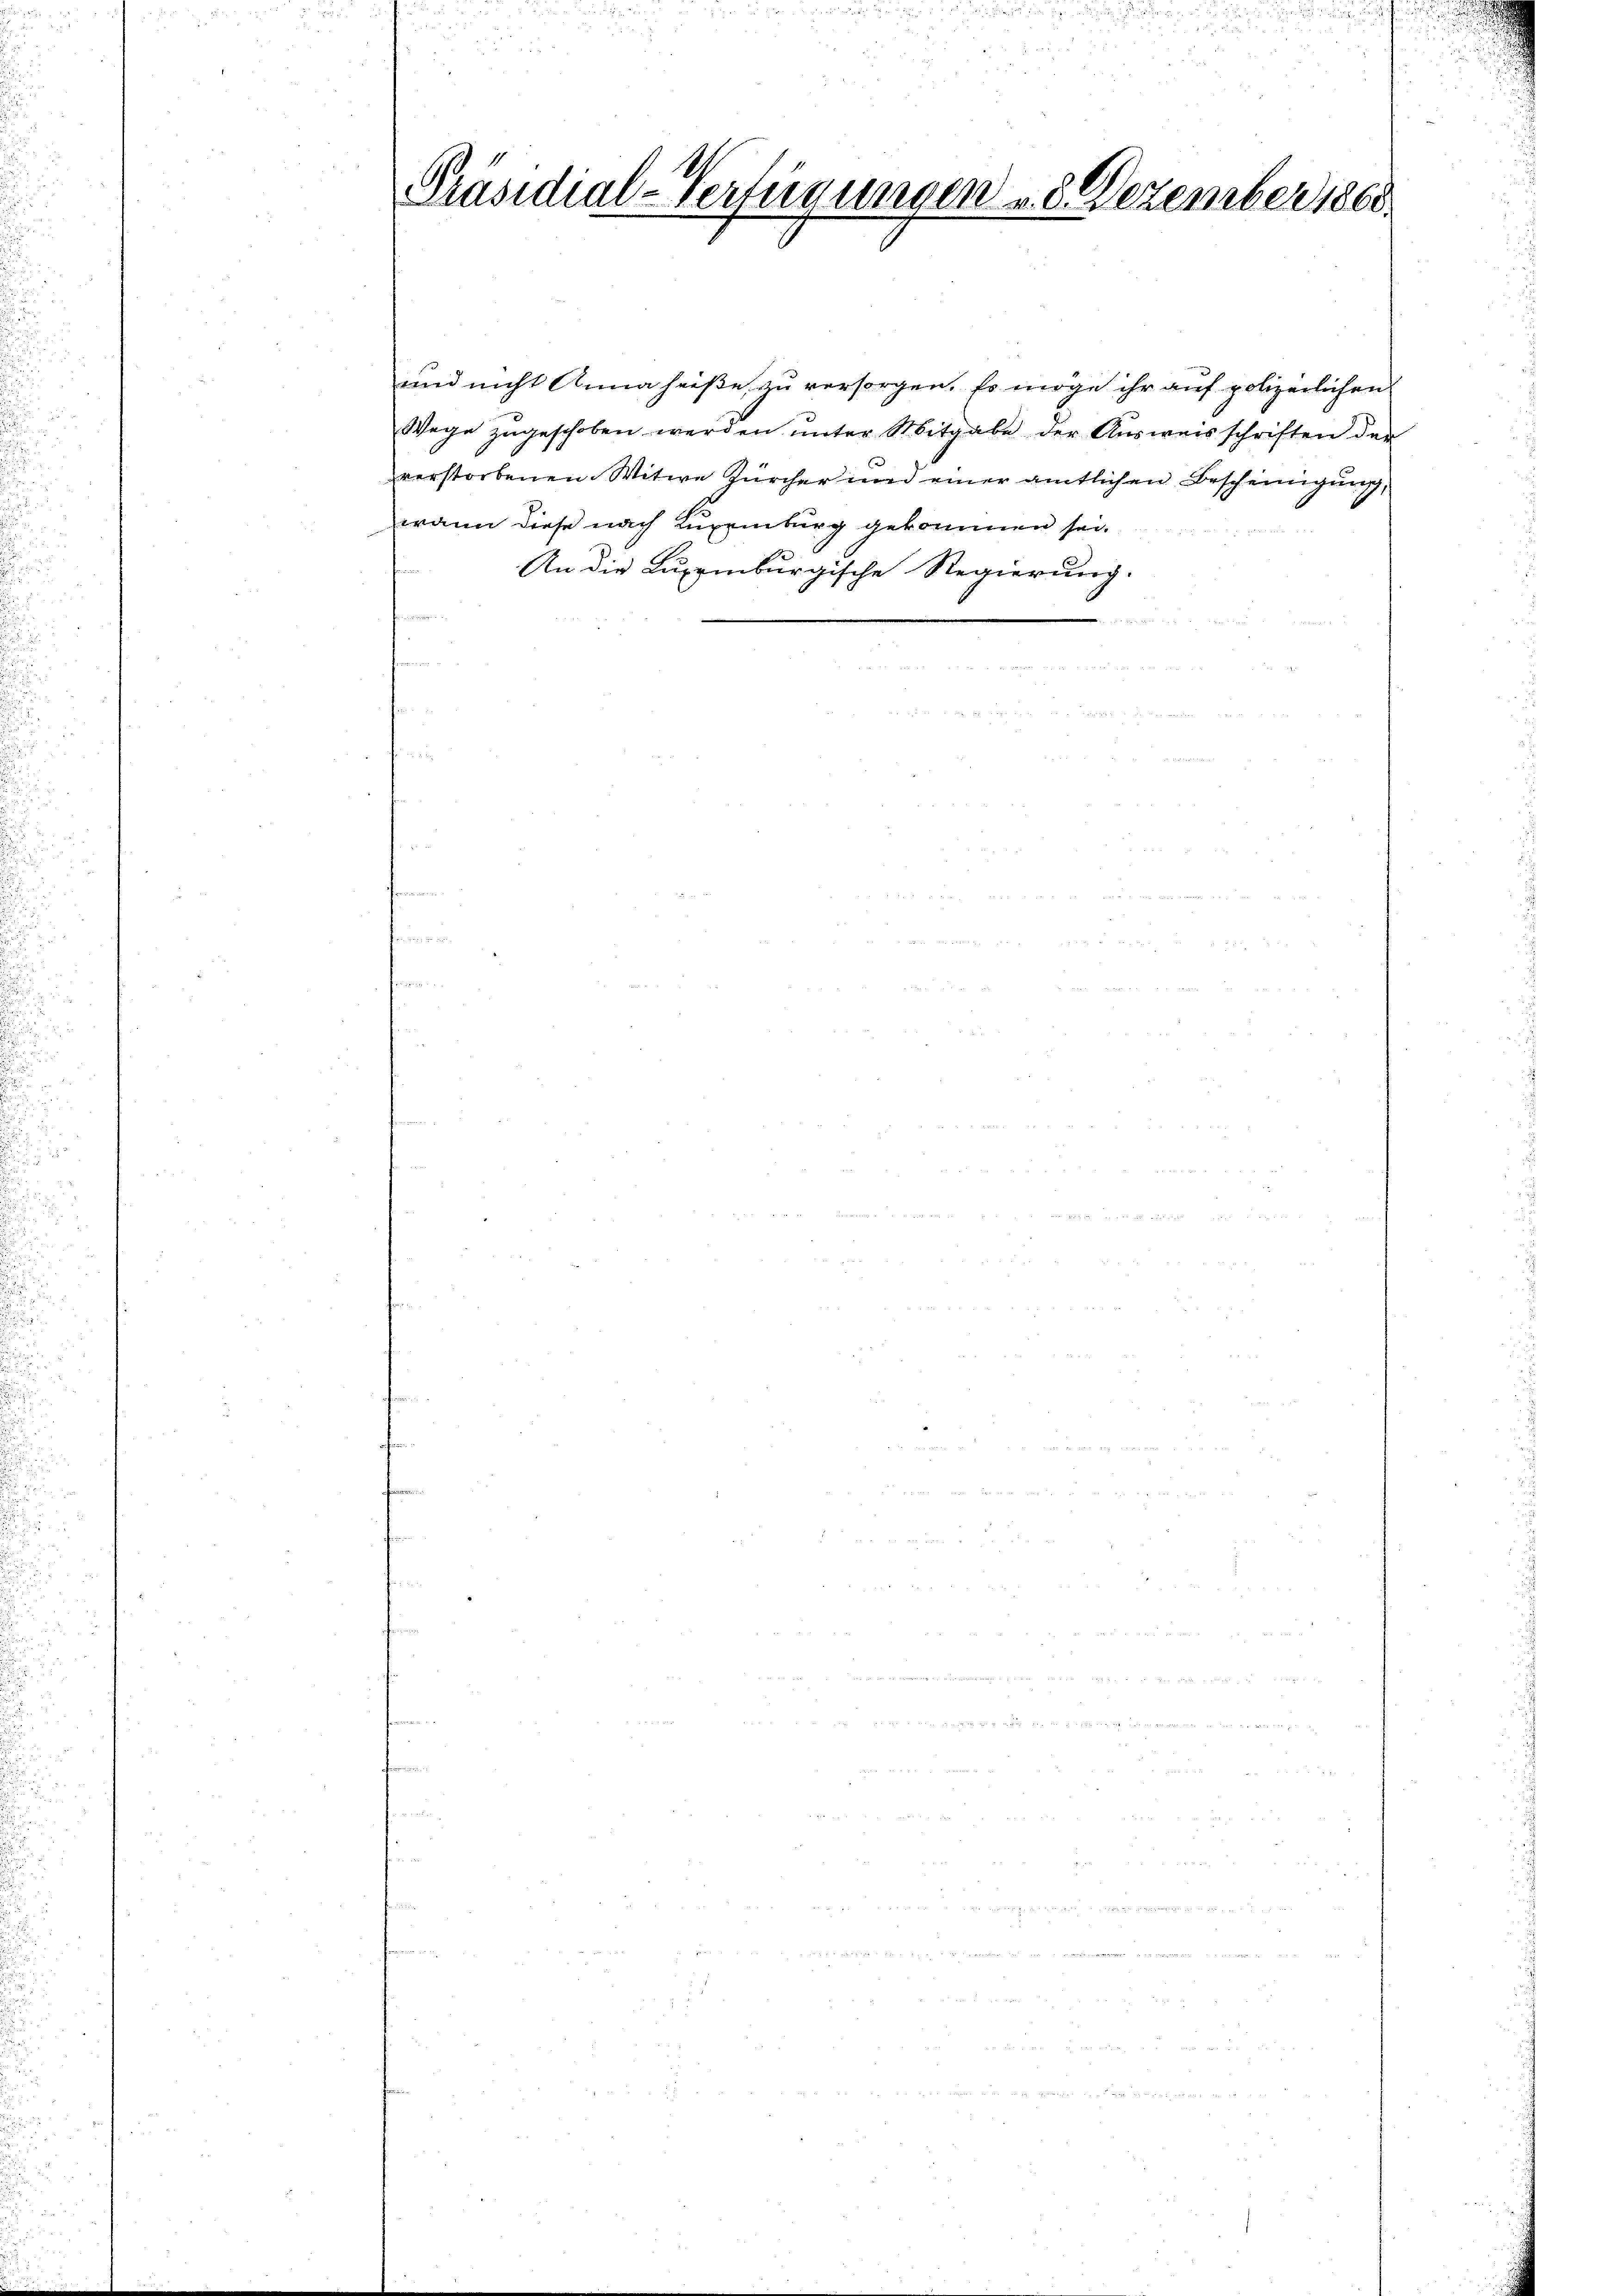
Präsidial-Verfügungen 8. Dezember 1865.

und nicht Anna heiße, zu versorgen. Es möge ihr auf polizeilichen
Wege zugeschoben werden unter Mitgabe der Ausweisschriften der
verstorbenen Witwe Zürcher und einer amtlichen Bescheinigung,
wann diese nach Luxenburg gekommen sei.
An die Luppmburgische Regierung.

u

9

.